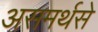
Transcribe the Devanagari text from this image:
असमर्थसे